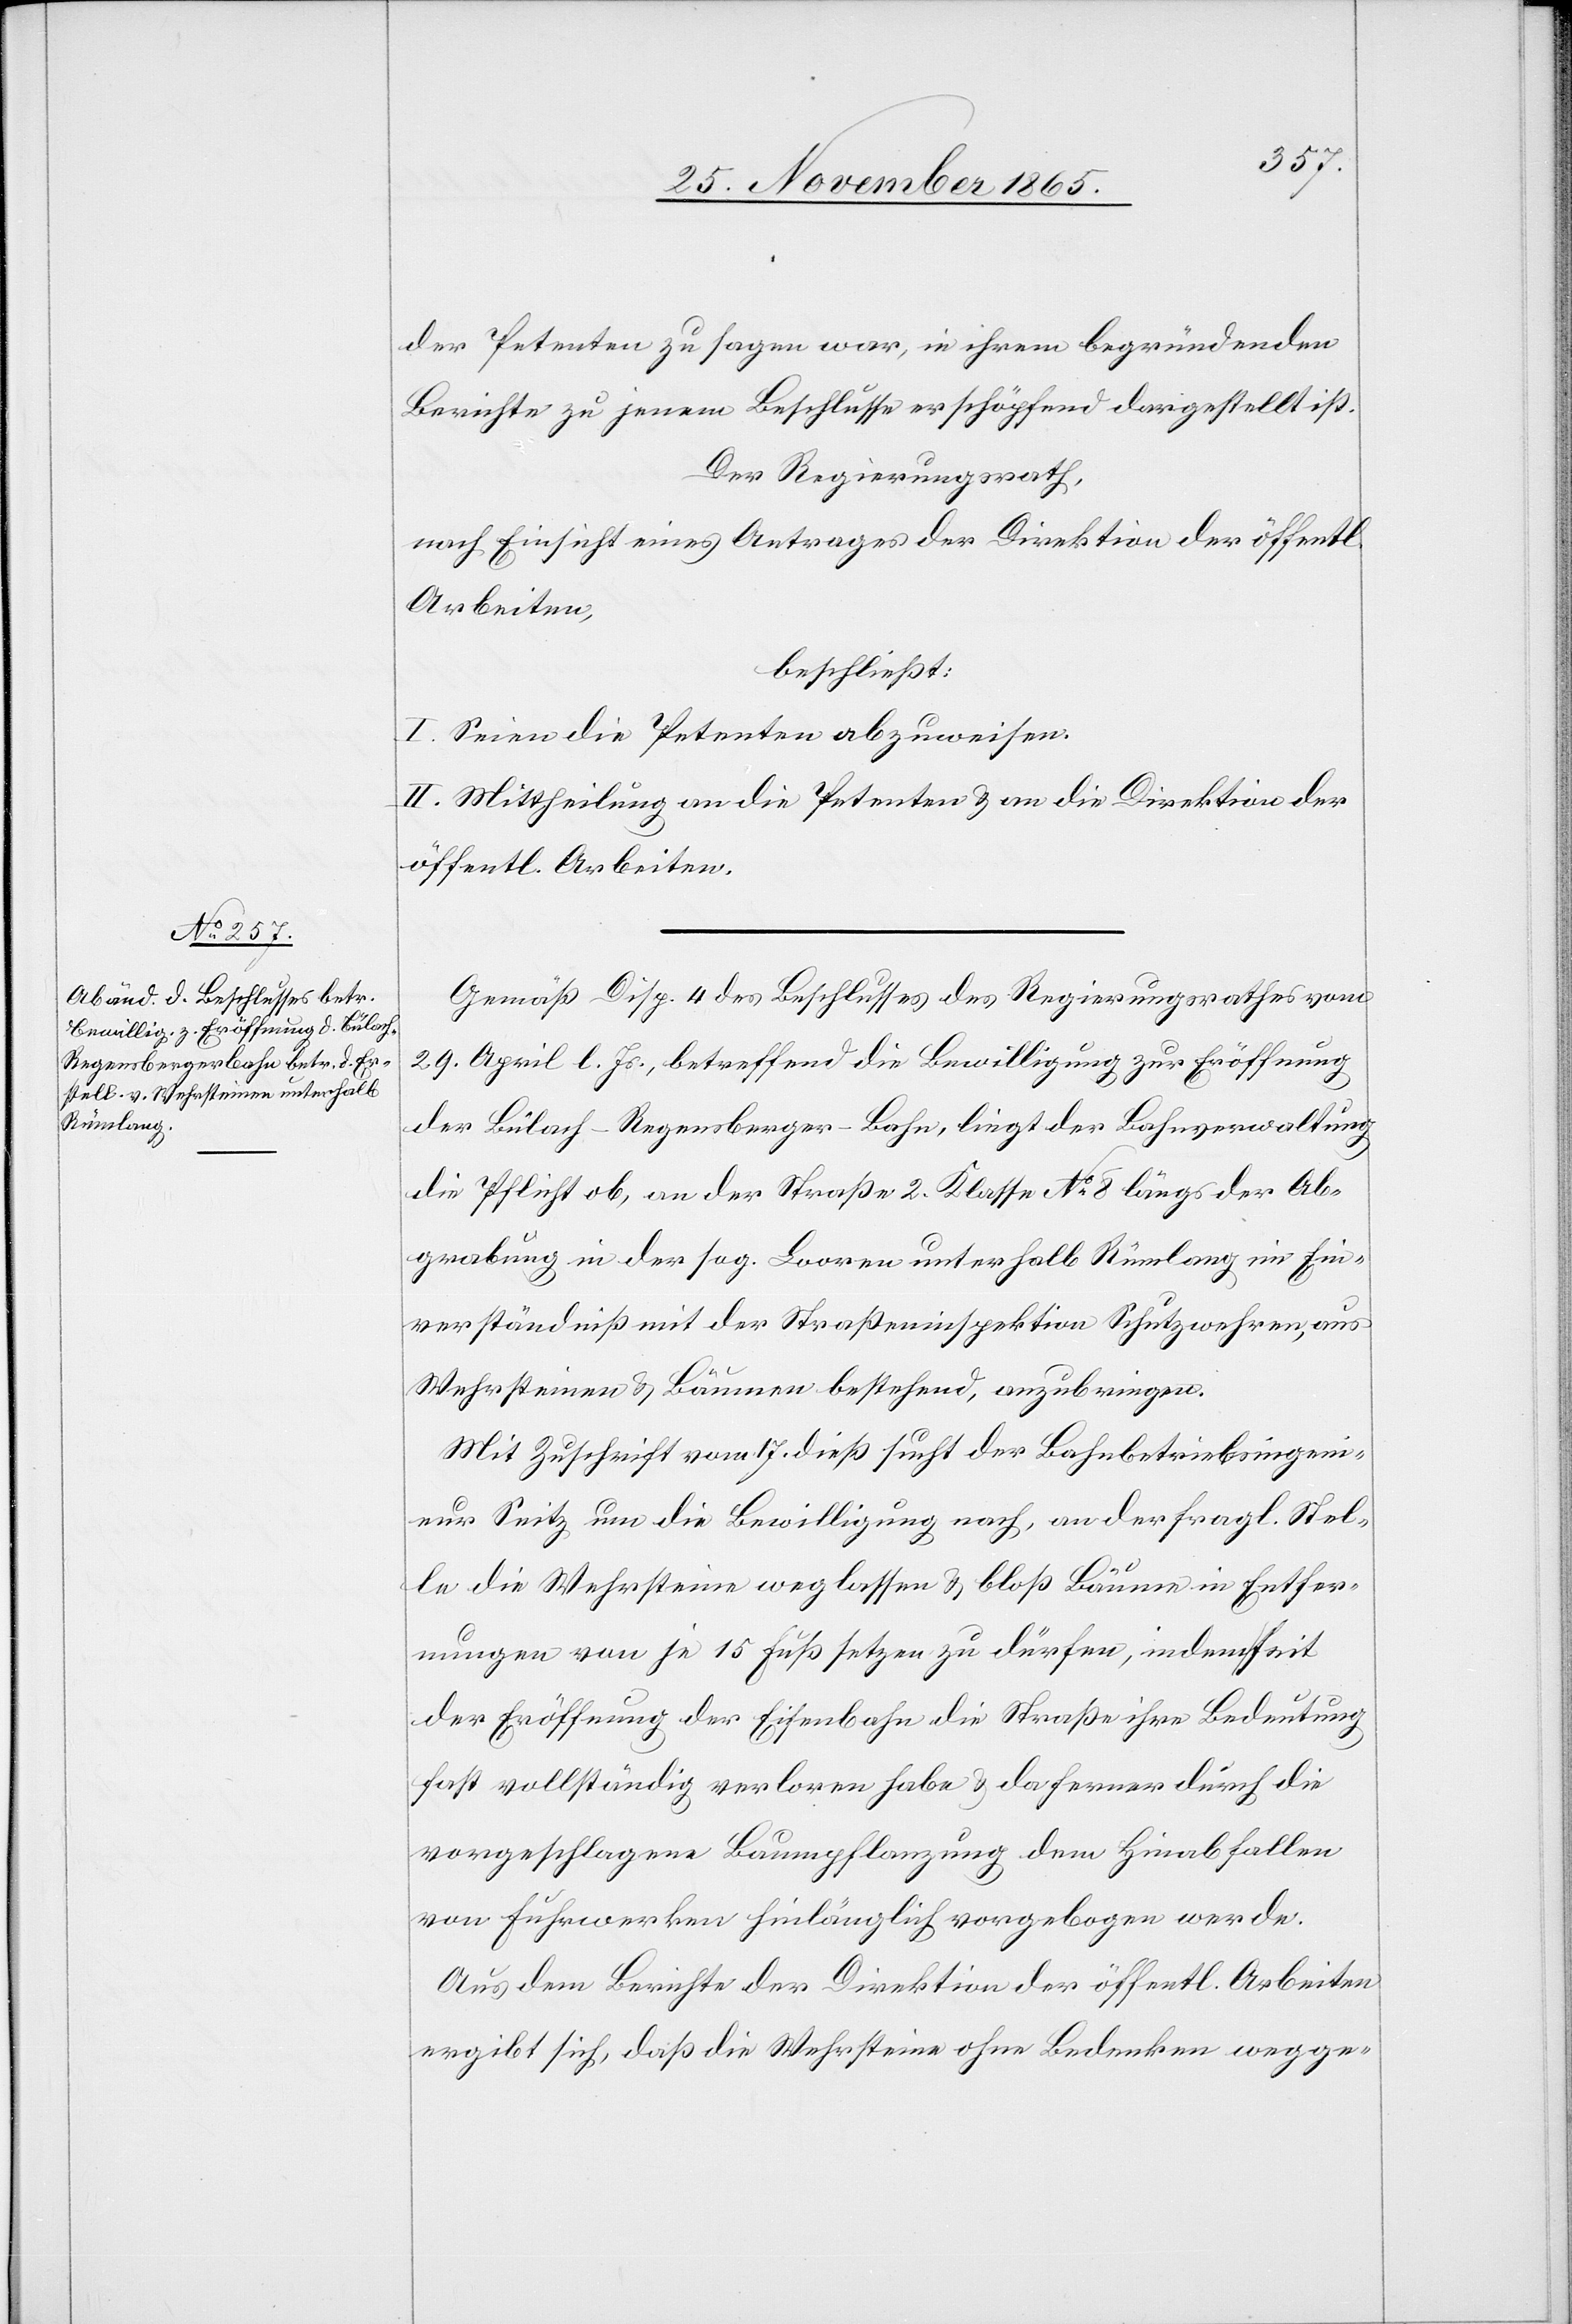
der Petenten zu sagen war, in ihrem begründenden
Berichte zu jenem Beschlusse erschöpfend dargestellt ist.
Der Regierungsrath,
nach Einsicht eines Antrages der Direktion der öffentl.
Arbeiten,
beschließt:
I. Seien die Petenten abzuweisen.
II. Mittheilung an die Petenten & an die Direktion der
öffentl. Arbeiten.
Gemäß Disp. 4 des Beschlusses des Regierungsrathes vom
29. April l. Js., betreffend die Bewilligung zur Eröffnung
der Bülach–Regensberger-Bahn, liegt der Bahnverwaltung
die Pflicht ob, an der Straße 2. Klasse No 8 längs der Ab¬
grabung in der sog. Looren unterhalb Rümlang im Ein¬
verständniß mit der Straßeninspektion Schutzwehren, aus
Wehrsteinen & Bäumen bestehend, anzubringen.
Mit Zuschrift vom 17. dieß sucht der Bahnbetriebsingeni¬
eur Seitz um die Bewilligung nach, an der fragl. Stel¬
le die Wehrsteine weglassen & bloß Bäume in Entfer¬
nungen von je 15 Fuß setzen zu dürfen, indem seit
der Eröffnung der Eisenbahn die Straße ihre Bedeutung
fast vollständig verloren habe & da ferner durch die
vorgeschlagene Baumpflanzung dem Hinabfallen
von Fuhrwerken hinlänglich vorgebogen werde.
Aus dem Berichte der Direktion der öffentl. Arbeiten
ergibt sich, daß die Wehrsteine ohne Bedenken wegge-